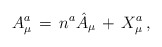
\begin{align*}A^a_\mu \, = \, n^a \hat{A}_\mu \, + \, X^a_\mu \, ,\end{align*}